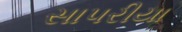
સાપરીયા